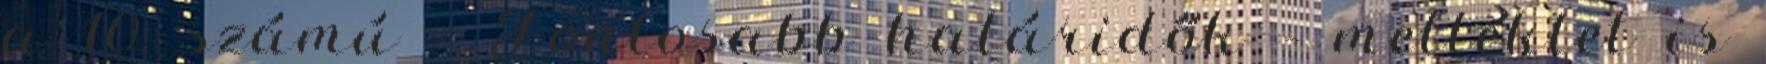
a 10. számú – Fontosabb határidők – melléklet is